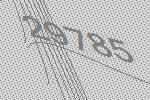
29785